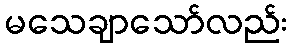
မသေချာသော်လည်း